Civil Veterinary Department Bengal reports 1933-51 - 1933-1951
Year: 1933
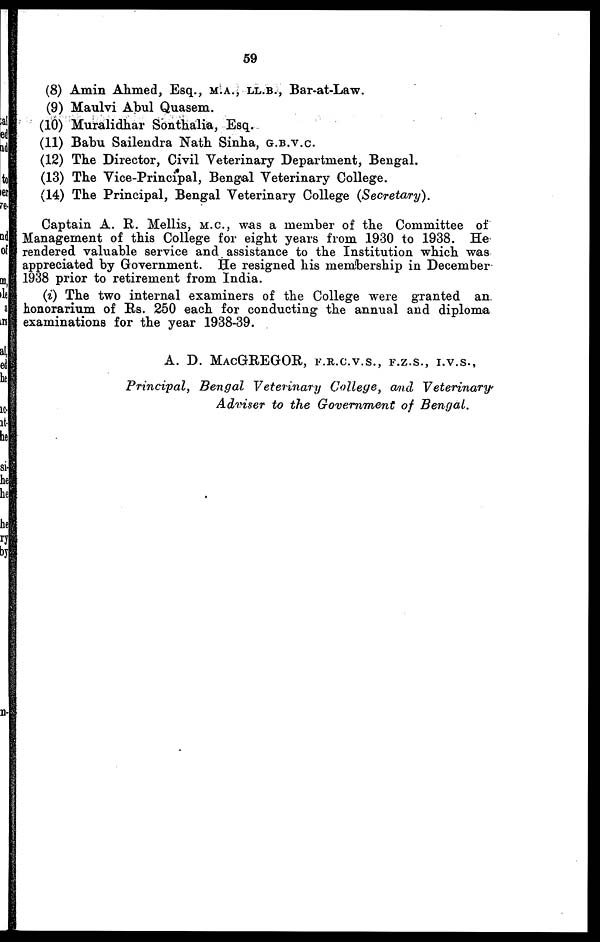
59
(8) Amin Ahmed, Esq., M.A., LL.B., Bar-at-Law.
(9) Maulvi Abul Quasem.
(10) Muralidhar Sonthalia, Esq.
(11) Babu Sailendra Nath Sinha, G.B.V.C.
(12) The Director, Civil Veterinary Department, Bengal.
(13) The Vice-Principal, Bengal Veterinary College.
(14) The Principal, Bengal Veterinary College (Secretary).
Captain A. R. Mellis, M.C., was a member of the Committee of
Management of this College for eight years from 1930 to 1938. He
rendered valuable service and assistance to the Institution which was
appreciated by Government. He resigned his membership in December
1938 prior to retirement from India.
(i) The two internal examiners of the College were granted an.
honorarium of Rs. 250 each for conducting the annual and diploma
examinations for the year 1938-39.
A. D. MACGREGOR, F.R.C.V.S., F.Z.S., I.V.S.,
Principal, Bengal Veterinary College, and
Veterinary
Adviser to the Government of Bengal.